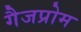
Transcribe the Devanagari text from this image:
गैजप्रोम